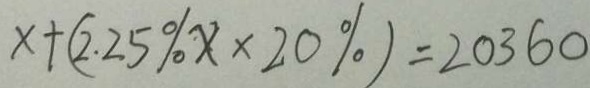
x + ( 2 . 2 5 \% x \times 2 0 \% ) = 2 0 3 6 0